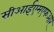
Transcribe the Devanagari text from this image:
सीआईएमएफआर